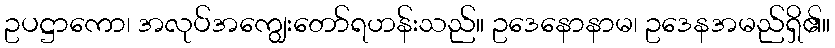
ဥပဋ္ဌာကော၊ အလုပ်အကျွေးတော်ရဟန်းသည်။ ဥဒေနောနာမ၊ ဥဒေနအမည်ရှိ၏။